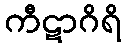
ကီဋာဂိရိ